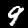
Label: 9